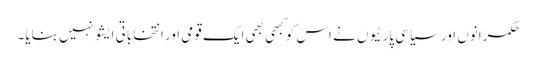
حکمرانوں اور سیاسی پارٹیوں نے اس کو کبھی بھی ایک قومی اور انتخاباتی ایشو نہیں بنایا۔